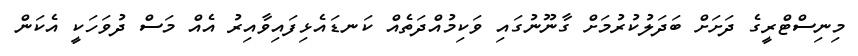
މިނިސްޓްރީގެ ދަށަށް ބަދަލުކުރުމަށް ގާނޫނުގައި ވަކިމުއްދަތެއް ކަނޑައެޅިފައިވާއިރު އެއް މަސް ދުވަހަކީ އެކަން